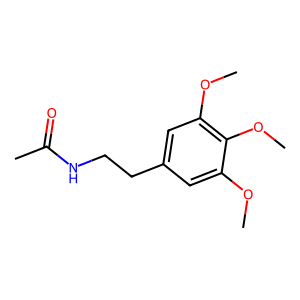
SMILES: COc1cc(CCNC(C)=O)cc(OC)c1OC
Inhibits HIV replication: No